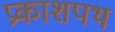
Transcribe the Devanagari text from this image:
प्रकाशपथ